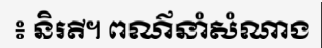
៖ និរតី។ ពណ៌នាំសំណាង